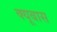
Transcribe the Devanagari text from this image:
क्यूबास